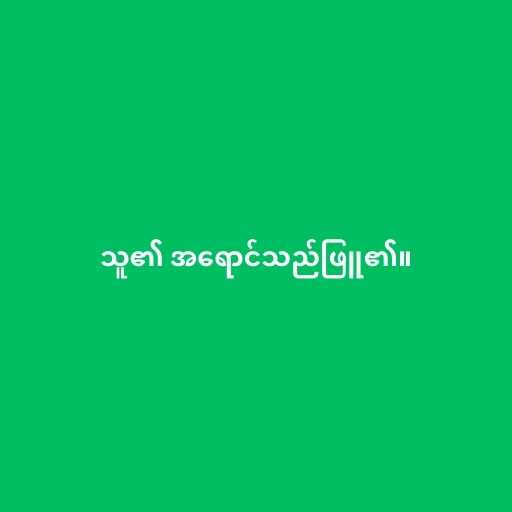
သူ၏ အရောင်သည်ဖြူ၏။